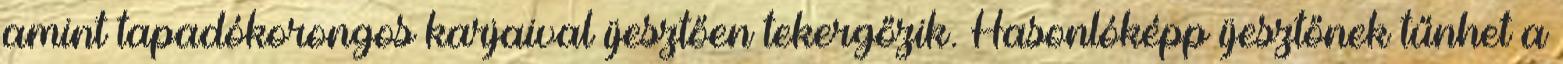
amint tapadókorongos karjaival ijesztően tekergőzik. Hasonlóképp ijesztőnek tűnhet a